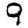
Digit: 9